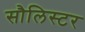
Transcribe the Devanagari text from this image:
सौलिस्टर